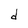
Character: d